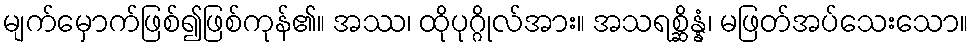
မျက်မှောက်ဖြစ်၍ဖြစ်ကုန်၏။ အဿ၊ ထိုပုဂ္ဂိုလ်အား။ အသရစ္ဆိန္နံ၊ မဖြတ်အပ်သေးသော။